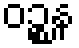
ဝဉ္စန